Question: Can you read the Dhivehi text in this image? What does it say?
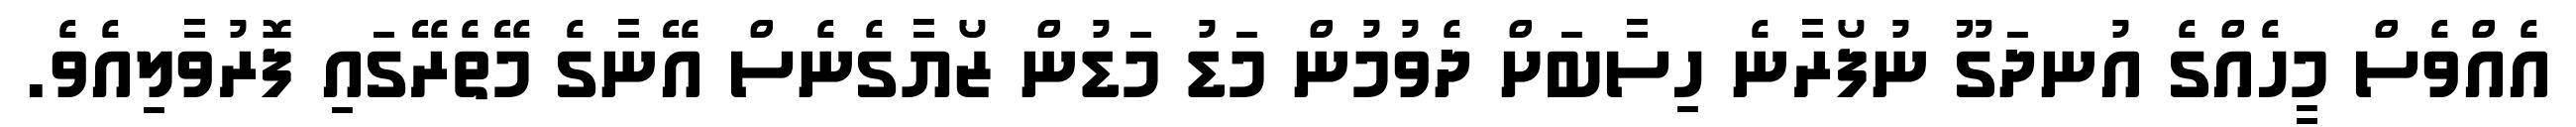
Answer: އެއްވެސް މީހެއްގެ އުނދަގޫ ނުފޯރާނެ ހިސާބަށް ދެވުމުން މަޑު މަޑުން ޒޯޔާގެނެސް އޭނާގެ މޭތެރޭގައި ފޮރުވާލިއެވެ.